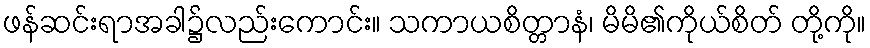
ဖန်ဆင်းရာအခါ၌လည်းကောင်း။ သကာယစိတ္တာနံ၊ မိမိ၏ကိုယ်စိတ် တို့ကို။